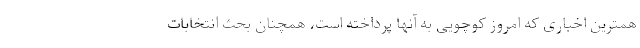
همترین اخباری که امروز کوچویی به آنها پرداخته است، همچنان بحث انتخابات